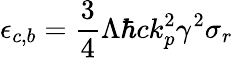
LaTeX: \epsilon_{c,b}=\frac{3}{4}\Lambda\hbar ck_{p}^{2}\gamma^{2}\sigma_{r}